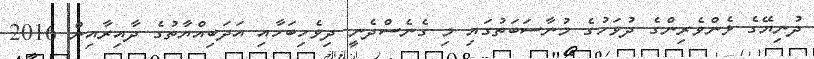
ދުނިޔޭގެ ޅެންވެރިންގެ ދުވަހުގެ މުނާސަބަތުގައި މި ގެނެސްދެނީ ދިވެހިބަހާއި އަދަބިއްޔާތުގެ ދާއިރާއިން 2016